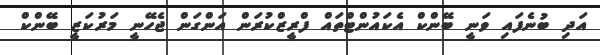
އަދި ބުނެފައި ވަނީ ބޭންކް އެކައުންޓްތައް ފްރީޒްކުރަން އަންގަން ޖެހޭނީ މަރުކަޒީ ބޭންކް